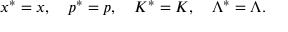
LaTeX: x ^ { * } = x , \quad p ^ { * } = p , \quad K ^ { * } = K , \quad { \mit \Lambda } ^ { * } = { \mit \Lambda } .